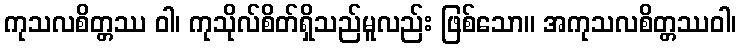
ကုသလစိတ္တဿ ဝါ၊ ကုသိုလ်စိတ်ရှိသည်မူလည်း ဖြစ်သော။ အကုသလစိတ္တဿဝါ၊